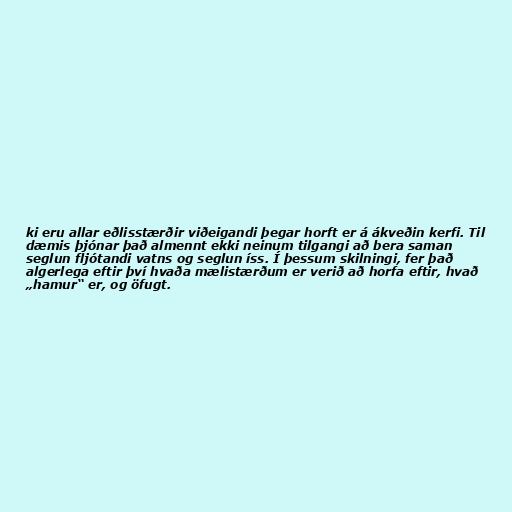
ki eru allar eðlisstærðir viðeigandi þegar horft er á ákveðin kerfi. Til
dæmis þjónar það almennt ekki neinum tilgangi að bera saman
seglun fljótandi vatns og seglun íss. Í þessum skilningi, fer það
algerlega eftir því hvaða mælistærðum er verið að horfa eftir, hvað
„hamur“ er, og öfugt.